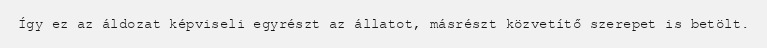
Így ez az áldozat képviseli egyrészt az állatot, másrészt közvetítő szerepet is betölt.